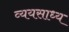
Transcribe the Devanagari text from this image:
व्‍ययसाध्‍य